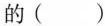
的()